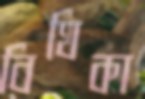
বিথিকা